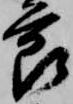
節